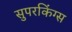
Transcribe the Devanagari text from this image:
सुपरकिंग्स